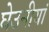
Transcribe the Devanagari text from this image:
घेउनीयां